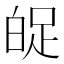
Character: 𤽱